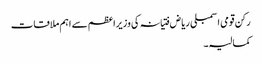
رکن قومی اسمبلی ریاض فتیانہ کی وزیراعظم سے اہم ملاقات
کمالیہ۔